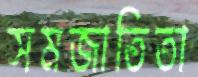
সমজাতিতা